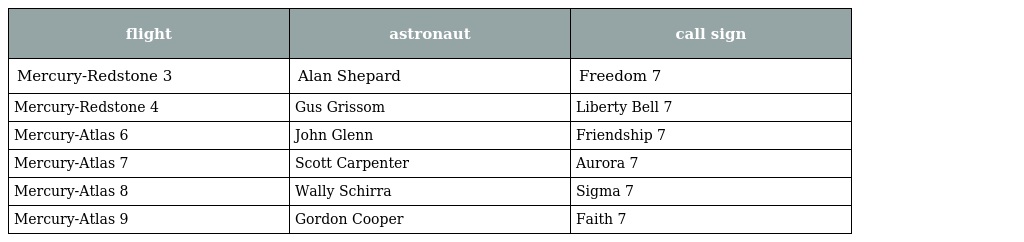
| flight | astronaut | call sign |
 | --- | --- | --- |
 | Mercury-Redstone 3 | Alan Shepard | Freedom 7 |
 | Mercury-Redstone 4 | Gus Grissom | Liberty Bell 7 |
 | Mercury-Atlas 6 | John Glenn | Friendship 7 |
 | Mercury-Atlas 7 | Scott Carpenter | Aurora 7 |
 | Mercury-Atlas 8 | Wally Schirra | Sigma 7 |
 | Mercury-Atlas 9 | Gordon Cooper | Faith 7 |